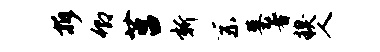
拆卿莒新系墓著糗人